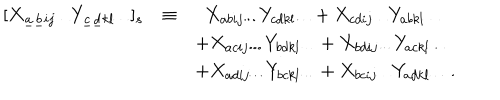
LaTeX: \begin{array} { l c l } { { [ X _ { \underline { { { a } } } \underline { { { b } } } i j \cdots } Y _ { \underline { { { c } } } \underline { { { d } } } k l \cdots } ] _ { s } } } & { { \equiv } } & { { ~ ~ X _ { a b i j \cdots } Y _ { c d k l \cdots } + X _ { c d i j \cdots } Y _ { a b k l \cdots } } } \\ { { } } & { { } } & { { + X _ { a c i j \cdots } Y _ { b d k l \cdots } + X _ { b d i j \cdots } Y _ { a c k l \cdots } } } \\ { { } } & { { } } & { { + X _ { a d i j \cdots } Y _ { b c k l \cdots } + X _ { b c i j \cdots } Y _ { a d k l \cdots } \ . } } \\ \end{array}